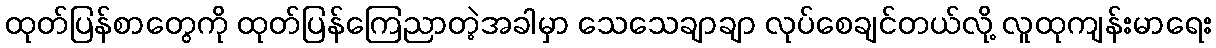
ထုတ်ပြန်စာတွေကို ထုတ်ပြန်ကြေညာတဲ့အခါမှာ သေသေချာချာ လုပ်စေချင်တယ်လို့ လူထုကျန်းမာရေး